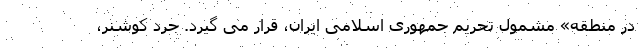
در منطقه» مشمول تحریم جمهوری اسلامی ایران، قرار می گیرد. جرد کوشنر،